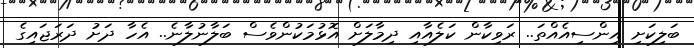
ބަލިކަށި އިންސިއެއްތަ.. ރަވިކާން ކަލެއާއި ދިމާލަށް އޮޅުމަކުންވެސް ބަލާނުލާނެ.. އެހާ ދަށު ދަރަޖައިގެ